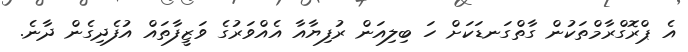
އެ ޕްރޮގްރާމްތަކުން ގާތްގަނޑަކަށް ހަ ބިލިއަން ރުފިޔާއާ އެއްވަރުގެ ވަޒީފާތައް އުފެދިގެން ދާނެ.